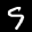
Label: 9